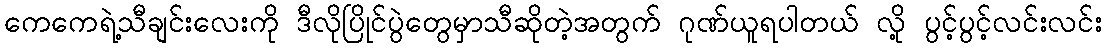
ကေကေရဲ့သီချင်းလေးကို ဒီလိုပြိုင်ပွဲတွေမှာသီဆိုတဲ့အတွက် ဂုဏ်ယူရပါတယ် လို့ ပွင့်ပွင့်လင်းလင်း